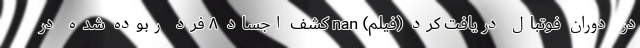
در دوران فوتبال دریافت کرد (فیلم) nan کشف اجساد ۸ فرد ربوده شده در